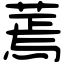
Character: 蔫